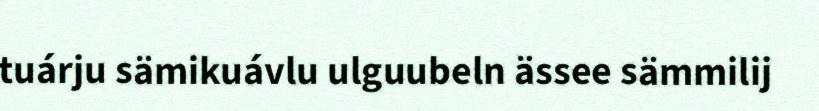
tuárju sämikuávlu ulguubeln ässee sämmilij